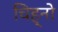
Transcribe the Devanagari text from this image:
चिह्नो